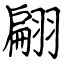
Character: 翩